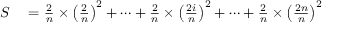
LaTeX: \begin{array} { r l } { S } & { { } = { \frac { 2 } { n } } \times \left( { \frac { 2 } { n } } \right) ^ { 2 } + \cdots + { \frac { 2 } { n } } \times \left( { \frac { 2 i } { n } } \right) ^ { 2 } + \cdots + { \frac { 2 } { n } } \times \left( { \frac { 2 n } { n } } \right) ^ { 2 } } \end{array}